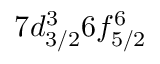
7 d _ { 3 / 2 } ^ { 3 } 6 f _ { 5 / 2 } ^ { 6 }